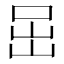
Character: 𡶸